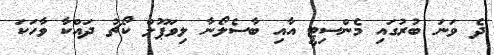
ދެ ވަނަ ބުރުގައި މެންސިޓީ އާއި ބާސެލޯނާ ލިވަޕޫލް ކޯޗު ދައްކާ ވާހަކަ